Report on the working of the mental hospitals for Indians in Bihar and Orissa - 1925-1929
Year: 1925
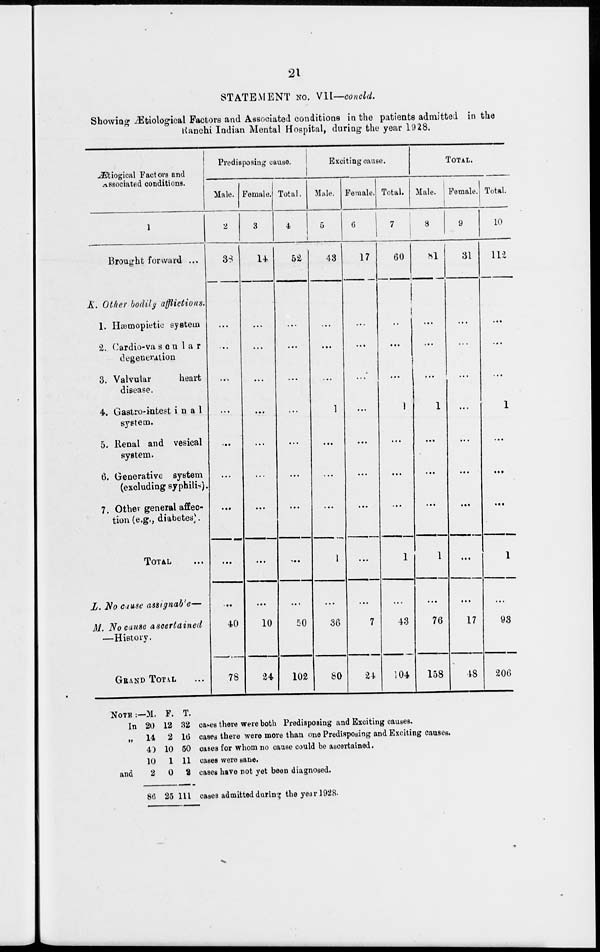
21
STATEMENT No. VII—concld.
Showing Ætiological Factors and Associated conditions in the patients admitted in the
Ranchi Indian Mental Hospital, during the year 1928.
Ætiogical Factors and
Associated conditions.
1
Brought forward ...
K. Other bodily
afflictions.
1. Hæmopietic system
2. Cardio-vascu1ar
degeneration
3. Valvular
heart
disease.
4. Gastro-intestina1
system.
5. Renal and vesical
system.
6. Generative system
(excluding syphilis).
7. Other general affec-
tion (e.g., diabetes.
TOTAL ...
L. No cause assignable—
M. No cause
ascertained
—History.
GRAND TOTAL ...
Predisposing cause.
Male.
2
38
...
...
...
...
...
...
...
...
...
40
78
Female.
3
14
...
...
...
...
...
...
...
...
...
10
24
Total.
4
52
...
...
...
...
...
...
...
...
...
50
102
Exciting cause.
Male.
5
43
...
...
...
1
...
...
...
1
...
36
80
Female.
6
17
...
...
...
...
...
...
...
...
...
7
24
Total.
7
60
...
...
...
1
...
...
...
1
...
43
104
TOTAL.
Male.
8
81
...
...
...
1
...
...
...
1
...
76
158
Female.
9
31
...
...
...
...
...
...
...
...
...
17
48
Total.
10
112
...
...
...
1
...
...
...
1
...
93
206
NOTE : —
In
„
and
M.
20
14
40
10
2
86
F.
12
2
10
1
0
25
T.
32
16
50
11
2
111
cases there were both Predisposing and Exciting causes.
cases there were more than one Predisposing and Exciting causes.
cases for whom no cause could be ascertained.
cases were sane.
cases have not yet been diagnosed.
cases admitted during the year 1928.